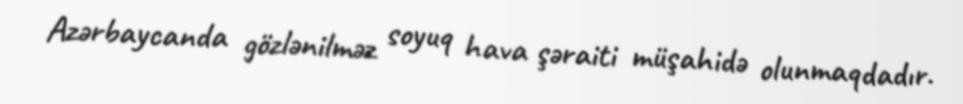
Azərbaycanda gözlənilməz soyuq hava şəraiti müşahidə olunmaqdadır.